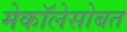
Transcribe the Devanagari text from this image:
मेकॉलेसोबत